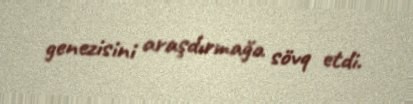
genezisini araşdırmağa sövq etdi.